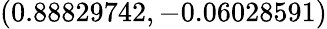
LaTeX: (0.88829742,-0.06028591)